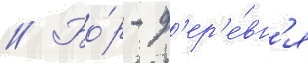
// Бо́р - д'ер'е́вн'я